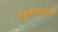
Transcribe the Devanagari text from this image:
परागनकर्ताओं